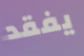
يفقد